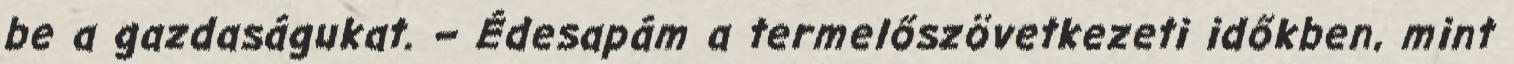
be a gazdaságukat. – Édesapám a termelőszövetkezeti időkben, mint